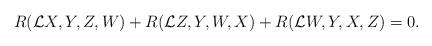
LaTeX: \begin{align*}R ( {\mathcal{L}}X, Y,Z,W) +R ( {\mathcal{L}}Z, Y,W,X)+R ( {\mathcal{L}}W, Y,X,Z) = 0 . \end{align*}